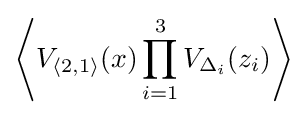
\left\langle V_{\langle 2,1\rangle }(x)\prod _{i=1}^{3}V_{\Delta _{i}}(z_{i})\right\rangle